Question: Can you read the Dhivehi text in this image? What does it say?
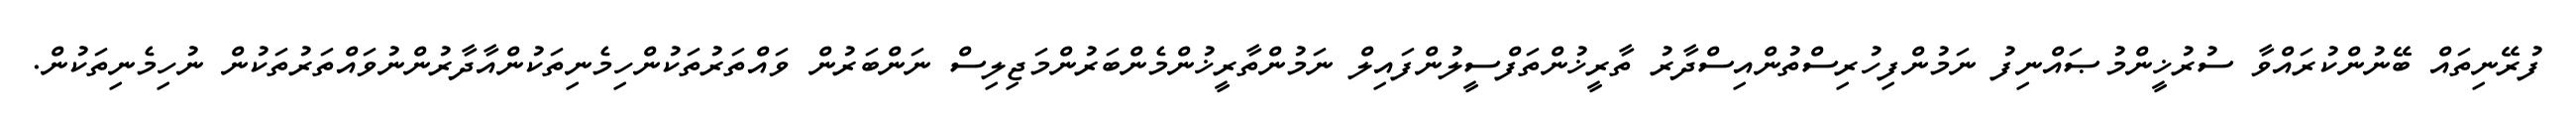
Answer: ފުރޭނިތައް ބޭނުންކުރައްވާ ސުރުޚީންމުޞައްނިފު ނަމުންފިހުރިސްތުންއިސްދާރު ތާރީޚުންތަފްސީލުންފައިލް ނަމުންތާރީޚުންމެންބަރުންމަޖިލިސް ނަންބަރުން ވައްތަރުތަކުންހިމެނިތަކުންއާދާރުންނުވައްތަރުތަކުން ނުހިމެނިތަކުން.